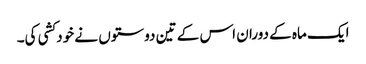
ایک ماہ کے دوران اس کے تین دوستوں نے خودکشی کی۔